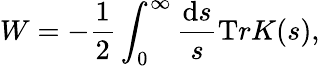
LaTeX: W=-\frac 12\int_{0}^{\infty}\frac{{\mathrm d}s}{s}{\mathrm Tr}K(s),